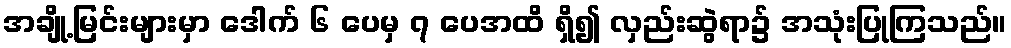
အချို့မြင်းများမှာ ဒေါက် ၆ ပေမှ ၇ ပေအထိ ရှိ၍ လှည်းဆွဲရာ၌ အသုံးပြုကြသည်။